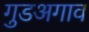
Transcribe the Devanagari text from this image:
गुडअगाव